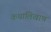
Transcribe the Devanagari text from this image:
कथालिखाण